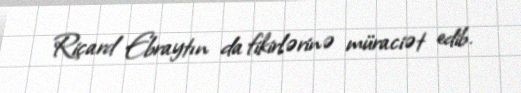
Riçard Ebraytın da fikirlərinə müraciət edib.